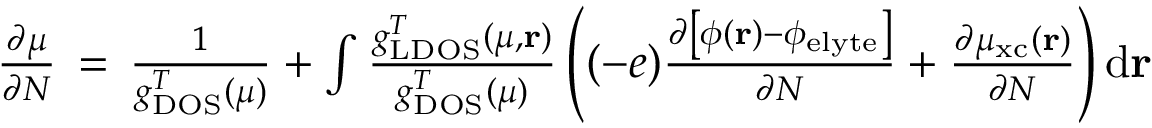
\begin{array} { r } { \frac { \partial \mu } { \partial N } \, = \, \frac { 1 } { g _ { \mathrm { D O S } } ^ { T } ( \mu ) } + \int \frac { g _ { \mathrm { L D O S } } ^ { T } ( \mu , \mathbf { r } ) } { g _ { \mathrm { D O S } } ^ { T } ( \mu ) } \left( ( - e ) \frac { \partial \left[ \phi ( \mathbf { r } ) - \phi _ { \mathrm { e l y t e } } \right] } { \partial N } + \frac { \partial \mu _ { \mathrm { x c } } ( \mathbf { r } ) } { \partial N } \right) \mathrm { d } \mathbf { r } } \end{array}